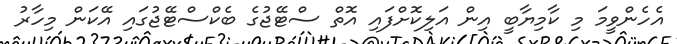
އެހެންވީމަ މި ކާމިޔާބީ އިން އަލިކޮށްފައި އޮތް ސްޓޭޖުގެ ބެކްސްޓޭޖުގައި އޭކަން މިހާރު